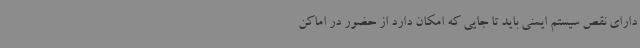
دارای نقص سیستم ایمنی باید تا جایی که امکان دارد از حضور در اماکن